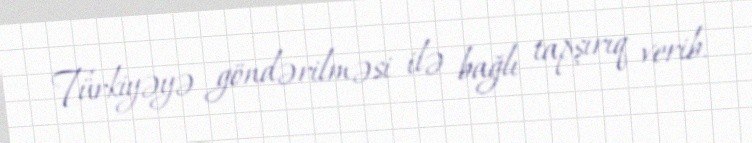
Türkiyəyə göndərilməsi ilə bağlı tapşırıq verib.